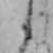
か